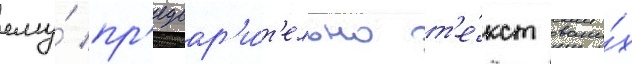
ему́ пр'едвар'и́т'ельно т'е́кст свои́х